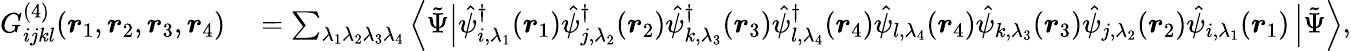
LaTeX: \begin{array}{rl}{G_{ijkl}^{(4)}(\boldsymbol{r}_{1},\boldsymbol{r}_{2},\boldsymbol{r}_{3},\boldsymbol{r}_{4})}&{{}=\sum_{\lambda_{1}\lambda_{2}\lambda_{3}\lambda_{4}}\left\langle\tilde{\Psi}\right|\hat{\psi}_{i,\lambda_{1}}^{\dagger}(\boldsymbol{r}_{1})\hat{\psi}_{j,\lambda_{2}}^{\dagger}(\boldsymbol{r}_{2})\hat{\psi}_{k,\lambda_{3}}^{\dagger}(\boldsymbol{r}_{3})\hat{\psi}_{l,\lambda_{4}}^{\dagger}(\boldsymbol{r}_{4})\hat{\psi}_{l,\lambda_{4}}(\boldsymbol{r}_{4})\hat{\psi}_{k,\lambda_{3}}(\boldsymbol{r}_{3})\hat{\psi}_{j,\lambda_{2}}(\boldsymbol{r}_{2})\hat{\psi}_{i,\lambda_{1}}(\boldsymbol{r}_{1})\left|\tilde{\Psi}\right\rangle,}\end{array}